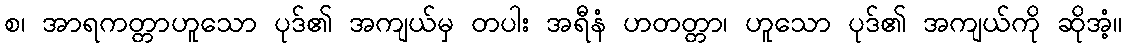
စ၊ အာရကတ္တာဟူသော ပုဒ်၏ အကျယ်မှ တပါး အရီနံ ဟတတ္တာ၊ ဟူသော ပုဒ်၏ အကျယ်ကို ဆိုအံ့။